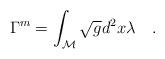
LaTeX: \begin{align*}\Gamma^{\tiny{m}}=\int_{\cal M} \sqrt{g} d^2x\lambda~~~.\end{align*}